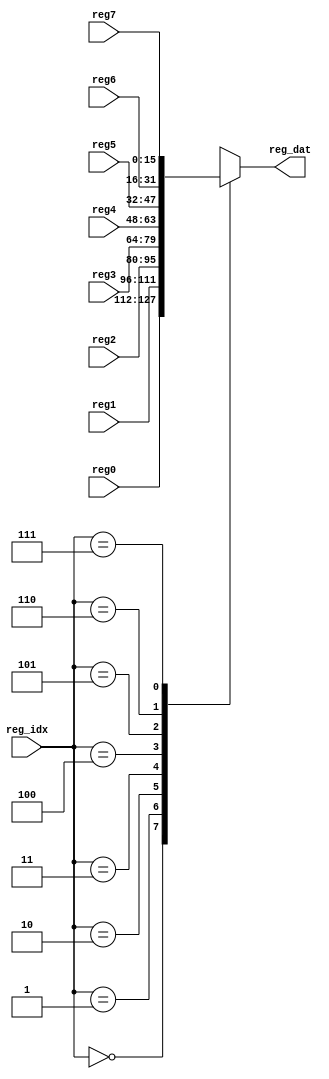
module select_reg(reg_idx, reg0, reg1, reg2, reg3, reg4, reg5, reg6, reg7, reg_dat);
	input [2:0] reg_idx;
	input [15:0] reg0, reg1, reg2, reg3, reg4, reg5, reg6, reg7;
	output reg [15:0] reg_dat;
	always @(reg_idx or reg0 or reg1 or reg2 or reg3 or reg4 or reg5 or reg6 or reg7) begin
		case(reg_idx)
			3'b000 : reg_dat = reg0;
			3'b001 : reg_dat = reg1;
			3'b010 : reg_dat = reg2;
			3'b011 : reg_dat = reg3;
			3'b100 : reg_dat = reg4;
			3'b101 : reg_dat = reg5;
			3'b110 : reg_dat = reg6;
			3'b111 : reg_dat = reg7;
		endcase
	end
	
endmodule